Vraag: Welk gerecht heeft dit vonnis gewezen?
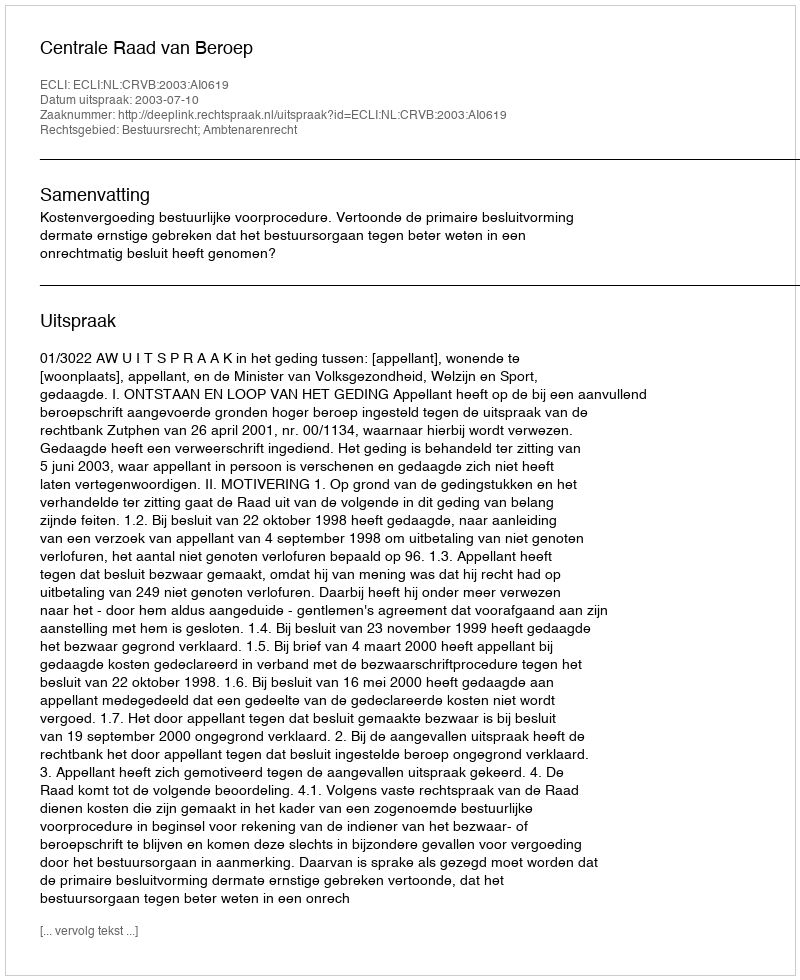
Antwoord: Centrale Raad van Beroep